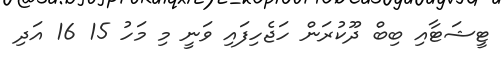
ޓީޝަޓާއި ބިބް ދޫކުރަން ހަޖެހިފައި ވަނީ މި މަހު 15 16 އަދި